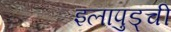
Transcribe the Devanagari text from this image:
इलापुड्ची